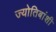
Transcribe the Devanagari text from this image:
ज्योतिबांशी